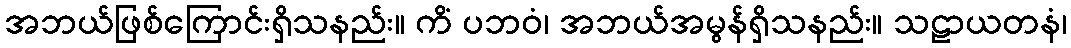
အဘယ်ဖြစ်ကြောင်းရှိသနည်း။ ကိံ ပဘဝံ၊ အဘယ်အမွန်ရှိသနည်း။ သဠာယတနံ၊